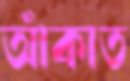
আঁকাত